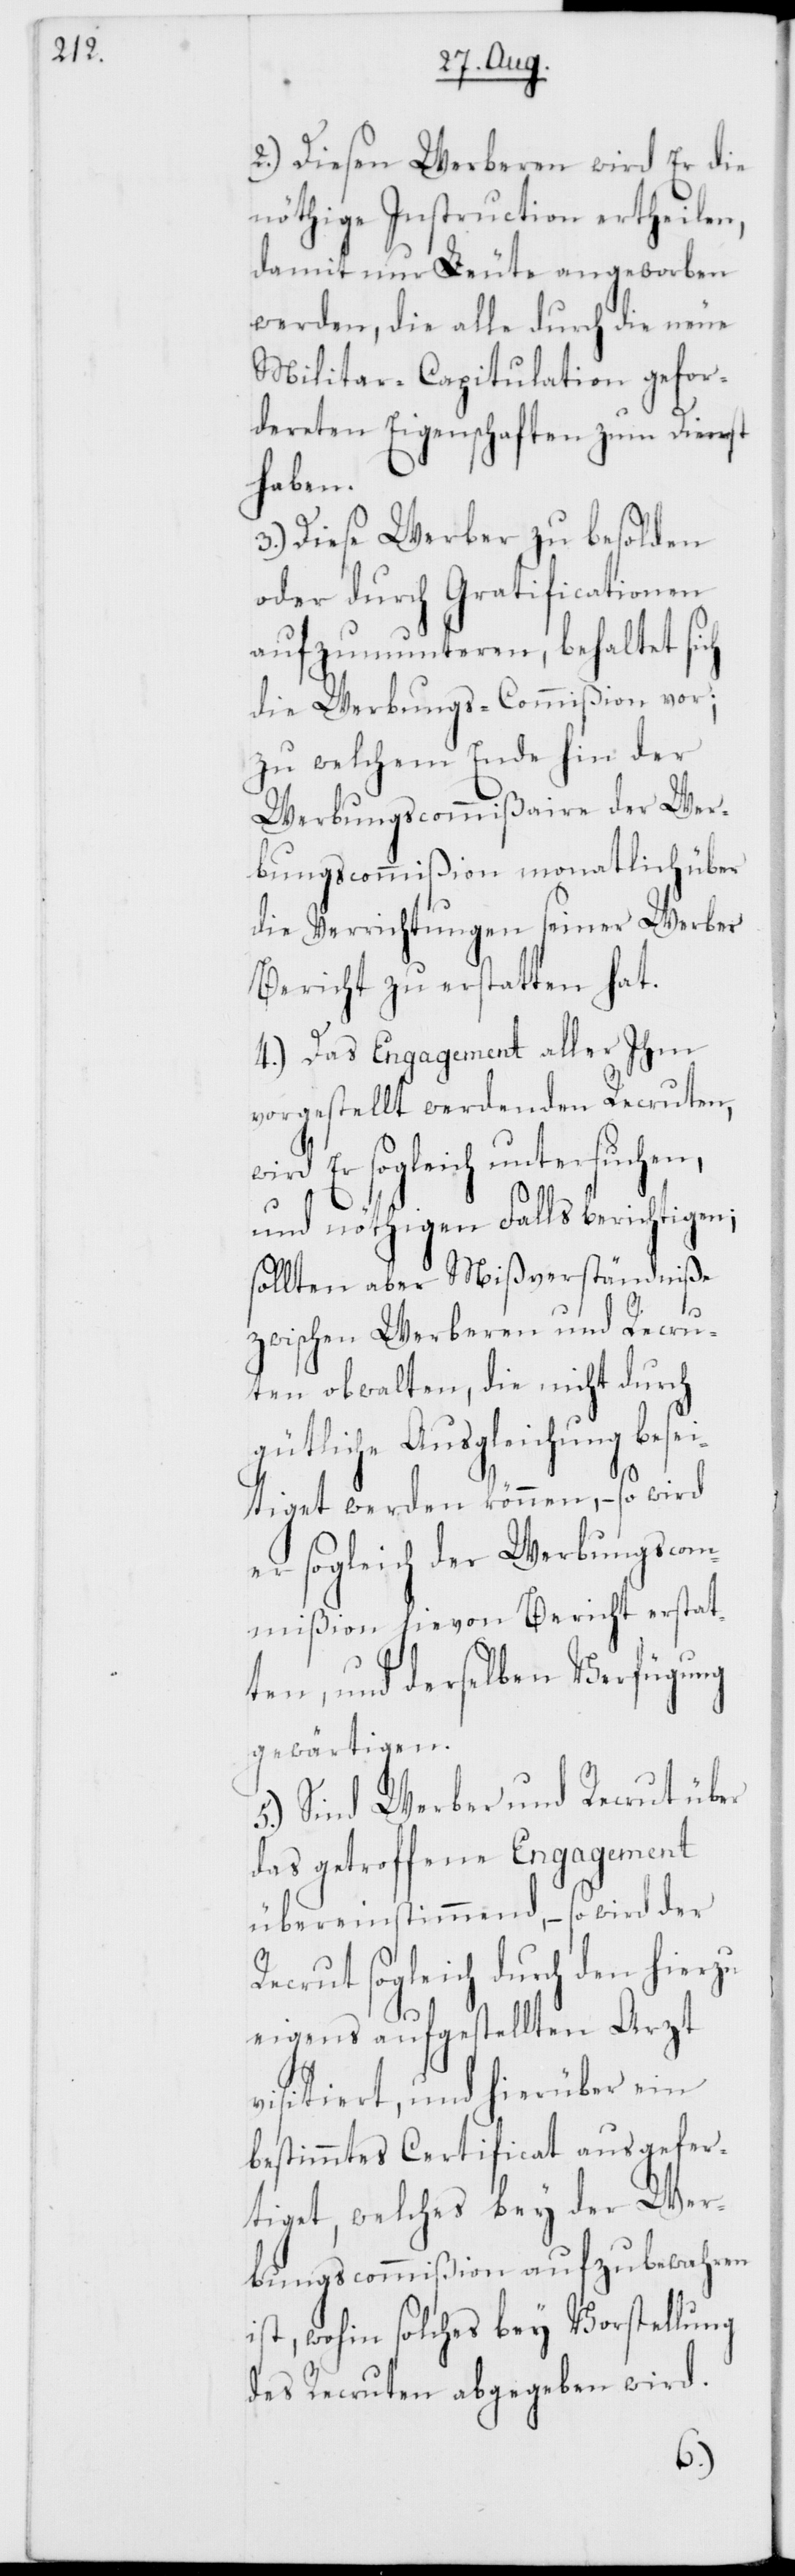
2.) Diesen Werberen wird Er die
nöthige Instruction ertheilen,
damit nur Leute angeworben
werden, die alle durch die neue
Militar-Capitulation gefor¬
dereten Eigenschaften zum Dienst
haben.
3.) Diese Werber zu besolden
oder durch Gratificationen
aufzumunteren, behaltet sich
die Werbungs-Commißion vor,
zu welchem Ende hin der
Werbungscommißaire der Wer¬
bungscommißion monatlich über
die Verrichtungen seiner Werber
Bericht zu erstatten hat.
4.) Das Engagement aller Ihm
vorgestellt werdenden Recruten,
wird Er sogleich untersuchen,
und nöthigen Falls berichtigen;
sollten aber Mißverständniße
zwischen Werberen und Recru¬
ten obwalten, die nicht durch
gütliche Ausgleichung bese¬
itiget werden können, – so wird
er sogleich der Werbungscom¬
mißion hievon Bericht erstat¬
ten, und derselben Verfügung
gewärtigen.
5.) Sind Werber und Recrut über
das getroffene Engagement
übereinstimmend, – so wird der
Recrut sogleich durch den hierzu
eigens aufgestellten Arzt
visitiert, und hierüber ein
bestimmtes Certificat ausgefer¬
tiget, welches bey der Wer¬
bungscommißion aufzubewahren
ist, wohin solches bey Vorstellung
des Recruten abgegeben wird.